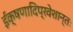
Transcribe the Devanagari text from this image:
ईक्षणादिप्रवेशान्तः